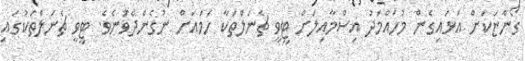
ގޯންޏަކަށް އަޅައިގެން މުހައްމަދު އިސްމާއިލަށް ޓީވީ ޗެނަލްތަކާ ހަމައަށް ނުގެންދެވުނެވެ. ޓީވީ ޗެނަލްތަކުގައި